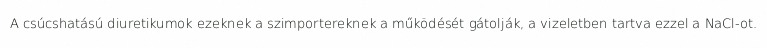
A csúcshatású diuretikumok ezeknek a szimportereknek a működését gátolják, a vizeletben tartva ezzel a NaCl-ot.